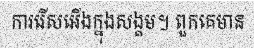
ការរើសអើងក្នុងសង្គម។ ពួកគេមាន